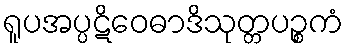
ရူပအပ္ပဋိဝေဓာဒိသုတ္တပဉ္စကံ